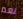
نعم